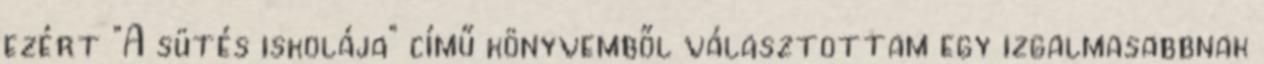
ezért "A sütés iskolája" című könyvemből választottam egy izgalmasabbnak